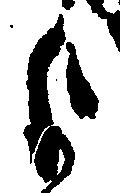
よ